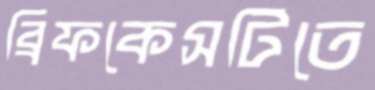
ব্রিফকেসটিতে